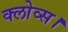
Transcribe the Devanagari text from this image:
क्लोव्स।